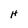
Character: H